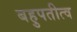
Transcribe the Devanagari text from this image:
बहुपतीत्व